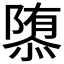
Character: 𮥠